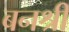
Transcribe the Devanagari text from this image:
बनश्री